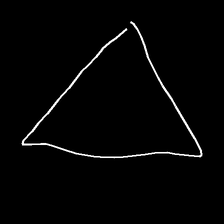
Glyph: convergence